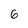
Character: 6